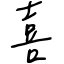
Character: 喜